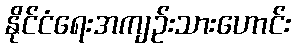
နိုင်ငံရေးအကျဉ်းသားဟောင်း